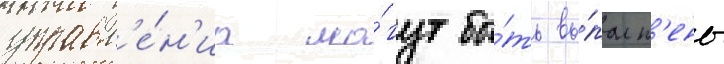
управл'е́н'иа мо́гут бы́ть вы́полн'ены